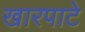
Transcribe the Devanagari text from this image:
खारपाटे